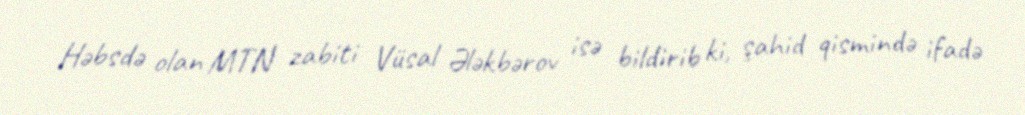
Həbsdə olan MTN zabiti Vüsal Ələkbərov isə bildirib ki, şahid qismində ifadə